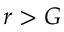
r > G